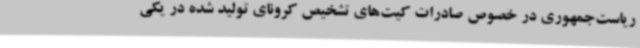
ریاست‌جمهوری در خصوص صادرات کیت‌های تشخیص کرونای تولید شده در یکی